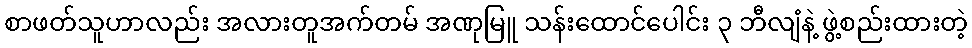
စာဖတ်သူဟာလည်း အလားတူအက်တမ် အဏုမြူ သန်းထောင်ပေါင်း ၃ ဘီလျံနဲ့ ဖွဲ့စည်းထားတဲ့